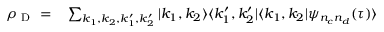
\begin{array} { r l } { \rho _ { \mathrm { ~ D ~ } } = } & { { } \sum _ { k _ { 1 } , k _ { 2 } , k _ { 1 } ^ { \prime } , k _ { 2 } ^ { \prime } } | k _ { 1 } , k _ { 2 } \rangle \langle k _ { 1 } ^ { \prime } , k _ { 2 } ^ { \prime } | \langle k _ { 1 } , k _ { 2 } | \psi _ { n _ { c } n _ { d } } ( \tau ) \rangle } \end{array}